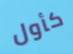
كأول